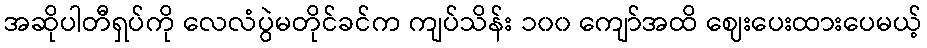
အဆိုပါတီရှပ်ကို လေလံပွဲမတိုင်ခင်က ကျပ်သိန်း ၁၀၀ ကျော်အထိ ဈေးပေးထားပေမယ့်